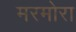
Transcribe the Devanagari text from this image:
मरमोरा